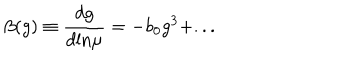
LaTeX: \beta ( g ) \equiv \frac { d g } { d \mathrm { l n } \mu } = - b _ { 0 } g ^ { 3 } + . . .